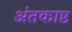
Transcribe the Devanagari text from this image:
अंतकाष्ठ